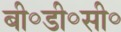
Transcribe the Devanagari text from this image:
बी॰डी॰सी॰